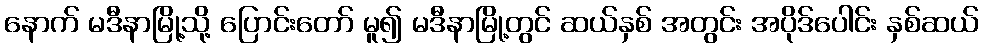
နောက် မဒီနာမြို့သို့ ပြောင်းတော် မူ၍ မဒီနာမြို့တွင် ဆယ်နှစ် အတွင်း အပိုဒ်ပေါင်း နှစ်ဆယ်